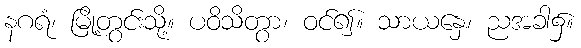
နဂရံ၊ မြို့တွင်းသို့။ ပဝိသိတွာ၊ ဝင်၍။ သာယနှေ၊ ညအခါ၌။